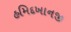
હમિદખાનજી